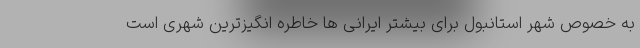
به خصوص شهر استانبول برای بیشتر ایرانی ها خاطره انگیزترین شهری است